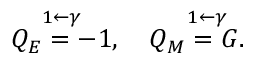
\overset { 1 \leftarrow \gamma } { Q _ { E } = - 1 } , \quad \overset { \quad 1 \leftarrow \gamma } { Q _ { M } = G } .